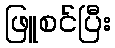
ဖြူစင်ပြီး